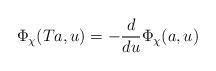
LaTeX: \begin{align*} \Phi_{\chi}(Ta,u)=-\frac{d}{d u}\Phi_{\chi}(a,u)\end{align*}